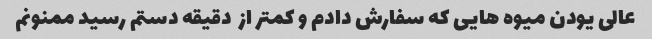
عالی یودن میوه هایی که سفارش دادم و کمتر از  دقیقه دستم رسید ممنونم